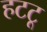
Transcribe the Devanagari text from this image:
हटटू